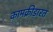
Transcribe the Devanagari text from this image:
कामक्रीड़ारत